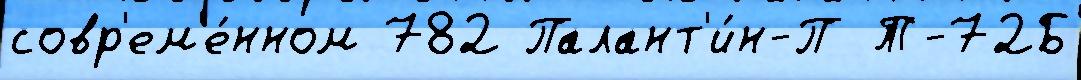
совр'ем'е́нном 782 Палант'и́н-П Т-72Б